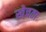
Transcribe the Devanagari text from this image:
खेचता